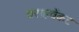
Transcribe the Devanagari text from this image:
वराहवेंकट